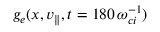
g _ { e } ( x , v _ { \parallel } , t = 1 8 0 \, \omega _ { c i } ^ { - 1 } )